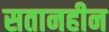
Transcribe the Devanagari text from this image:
सतानहीन